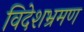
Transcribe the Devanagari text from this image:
विदेशभ्रमण